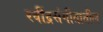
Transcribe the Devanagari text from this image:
रवींद्रसंगीतातील